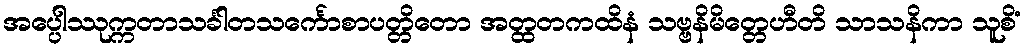
အပ္ပေါဿုက္ကတာသင်္ခါတသင်္ကောစာပတ္တိတော အတ္ထတကထိနံ သဗ္ဗနိမိတ္တေဟီတိ သာသနိကာ သူစိံ